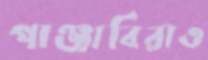
পাঞ্জাবিরাও